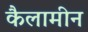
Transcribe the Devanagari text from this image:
कैलामीन